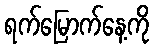
ရက်မြောက်နေ့ကို